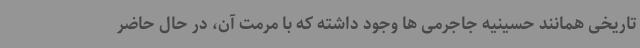
تاریخی همانند حسینیه جاجرمی ها وجود داشته که با مرمت آن، در حال حاضر